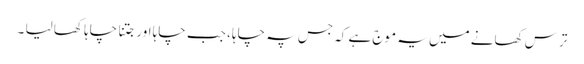
ترس کھانے میں یہ موج ہے کہ جس پہ چاہا ، جب چاہا اور جتنا چاہا کھا لیا ۔